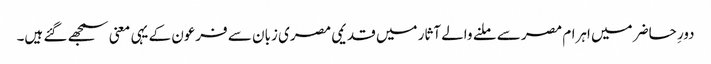
دورِ حاضر میں اہرام مصر سے ملنے والے آثار میں قدیمی مصری زبان سے فرعون کے یہی معنی سمجھے گئے ہیں۔